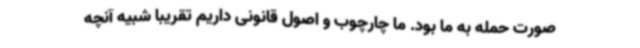
صورت حمله به ما بود. ما چارچوب و اصول قانونی داریم تقریبا شبیه آنچه